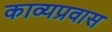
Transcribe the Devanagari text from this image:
काव्यप्रवास